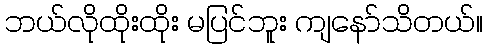
ဘယ်လိုထိုးထိုး မပြင်ဘူး ကျနော်သိတယ်။